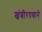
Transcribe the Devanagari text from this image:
खंबीरपणाने